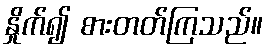
နှိုက်၍ စားတတ်ကြသည်။